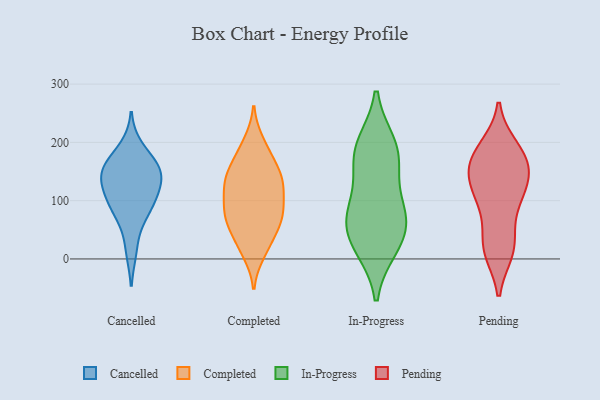
{"axis": {"x": "Backlog", "y": "Value"}, "legend": ["Cancelled", "Completed", "In-Progress", "Pending"], "data": [{"x": "", "y": 154, "type": "Cancelled"}, {"x": "", "y": 157, "type": "Cancelled"}, {"x": "", "y": 156, "type": "Cancelled"}, {"x": "", "y": 80, "type": "Cancelled"}, {"x": "", "y": 191, "type": "Cancelled"}, {"x": "", "y": 15, "type": "Cancelled"}, {"x": "", "y": 153, "type": "Cancelled"}, {"x": "", "y": 102, "type": "Cancelled"}, {"x": "", "y": 112, "type": "Cancelled"}, {"x": "", "y": 139, "type": "Cancelled"}, {"x": "", "y": 74, "type": "Cancelled"}, {"x": "", "y": 117, "type": "Cancelled"}, {"x": "", "y": 69, "type": "Completed"}, {"x": "", "y": 141, "type": "Completed"}, {"x": "", "y": 27, "type": "Completed"}, {"x": "", "y": 89, "type": "Completed"}, {"x": "", "y": 59, "type": "Completed"}, {"x": "", "y": 118, "type": "Completed"}, {"x": "", "y": 62, "type": "Completed"}, {"x": "", "y": 167, "type": "Completed"}, {"x": "", "y": 74, "type": "Completed"}, {"x": "", "y": 135, "type": "Completed"}, {"x": "", "y": 79, "type": "Completed"}, {"x": "", "y": 199, "type": "Completed"}, {"x": "", "y": 12, "type": "Completed"}, {"x": "", "y": 85, "type": "Completed"}, {"x": "", "y": 127, "type": "Completed"}, {"x": "", "y": 136, "type": "Completed"}, {"x": "", "y": 159, "type": "Completed"}, {"x": "", "y": 191, "type": "Completed"}, {"x": "", "y": 22, "type": "Completed"}, {"x": "", "y": 125, "type": "Completed"}, {"x": "", "y": 77, "type": "In-Progress"}, {"x": "", "y": 20, "type": "In-Progress"}, {"x": "", "y": 78, "type": "In-Progress"}, {"x": "", "y": 149, "type": "In-Progress"}, {"x": "", "y": 192, "type": "In-Progress"}, {"x": "", "y": 50, "type": "In-Progress"}, {"x": "", "y": 23, "type": "In-Progress"}, {"x": "", "y": 79, "type": "In-Progress"}, {"x": "", "y": 196, "type": "In-Progress"}, {"x": "", "y": 175, "type": "In-Progress"}, {"x": "", "y": 164, "type": "Pending"}, {"x": "", "y": 176, "type": "Pending"}, {"x": "", "y": 15, "type": "Pending"}, {"x": "", "y": 14, "type": "Pending"}, {"x": "", "y": 104, "type": "Pending"}, {"x": "", "y": 191, "type": "Pending"}, {"x": "", "y": 145, "type": "Pending"}, {"x": "", "y": 168, "type": "Pending"}, {"x": "", "y": 28, "type": "Pending"}, {"x": "", "y": 152, "type": "Pending"}, {"x": "", "y": 128, "type": "Pending"}, {"x": "", "y": 107, "type": "Pending"}, {"x": "", "y": 124, "type": "Pending"}, {"x": "", "y": 82, "type": "Pending"}, {"x": "", "y": 21, "type": "Pending"}, {"x": "", "y": 188, "type": "Pending"}]}